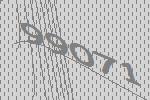
99071